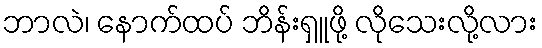
ဘာလဲ၊ နောက်ထပ် ဘိန်းရှူဖို့ လိုသေးလို့လား